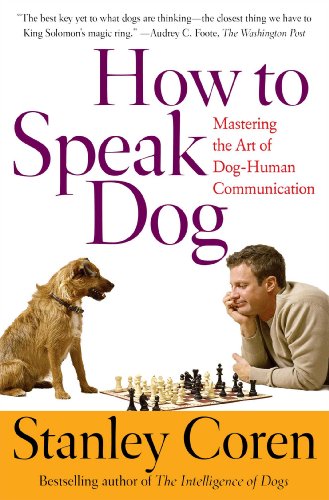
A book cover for How To Speak Dog: Mastering the Art of Dog-Human Communication; Stanley Coren; Science & Math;